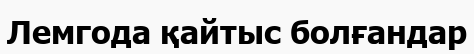
Лемгода қайтыс болғандар